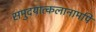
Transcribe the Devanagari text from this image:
समुदयात्कलानामपि